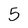
Character: 5